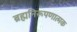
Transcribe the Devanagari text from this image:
ब्रह्मनिरूपणात्मक